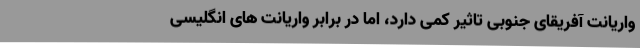
واریانت آفریقای جنوبی تاثیر کمی دارد، اما در برابر واریانت های انگلیسی